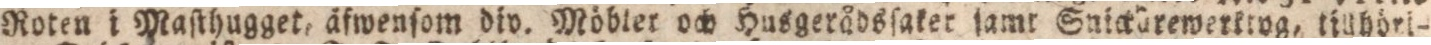
Roten i Masthugget, äfwenſom div. Möbler och Husgerådsſaker samr Guickürewerktyg, tilhbri-